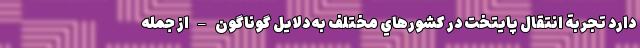
دارد تجربة انتقال پايتخت در كشورهاي مختلف به دلايل گوناگون – از جمله